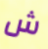
ش